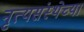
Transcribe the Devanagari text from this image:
नृत्यसंस्थेच्या